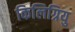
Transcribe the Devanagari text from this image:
किलिग्रियु